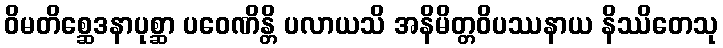
ဝိမတိစ္ဆေဒနာပုစ္ဆာ ပဝေဏိန္တိ ပလာယသိ အနိမိတ္တဝိပဿနာယ နိဿိတေသု